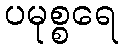
ပမုစ္စရေ